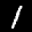
Label: 1